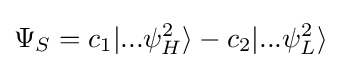
\Psi _{S}=c_{1}|...\psi _{H}^{2}\rangle -c_{2}|...\psi _{L}^{2}\rangle